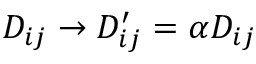
D _ { i j } \rightarrow D _ { i j } ^ { \prime } = \alpha D _ { i j }